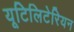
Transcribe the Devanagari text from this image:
यूटिलिटेरियन